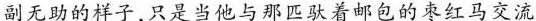
副无助的样子，只是当他与那匹驮着邮包的枣红马交流